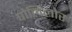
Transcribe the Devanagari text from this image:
पोलिलोर